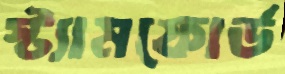
স্ট্যামফোর্ড